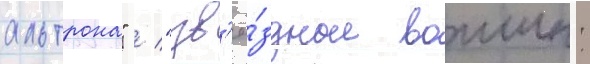
альтрона" / "зв'ё́здные воины: